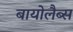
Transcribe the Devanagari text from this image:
बायोलैब्स